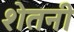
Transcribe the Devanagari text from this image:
शेतनी